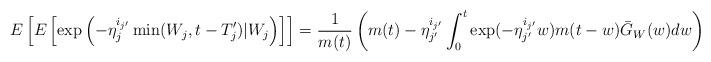
LaTeX: \begin{align*} E\left[E\left[\exp\left(-\eta_{j}^{i_{j'}}\min(W_{j}, t-T_{j}')| W_{j} \right)\right]\right] = \frac{1}{m(t)}\left(m(t) - \eta_{j'}^{i_{j'}}\int_{0}^{t}\exp(-\eta_{j'}^{i_{j'}}w)m(t-w)\bar{G}_{W}(w)dw\right) \end{align*}